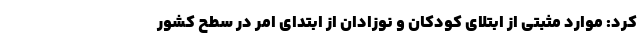
کرد: موارد مثبتی از ابتلای کودکان و نوزادان از ابتدای امر در سطح کشور